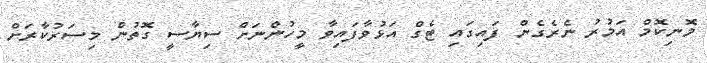
މޮނިކޮމް އަމުުރު ނެރެގެން ފައިގައި ޓެގް އަޅުވާފައިވާ މީހުންނަށް ސިޔާސީ ގޮތުން މިސަރުކާރަށް